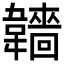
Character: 𩏫